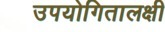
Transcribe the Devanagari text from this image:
उपयोगितालक्षी